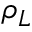
\rho _ { L }